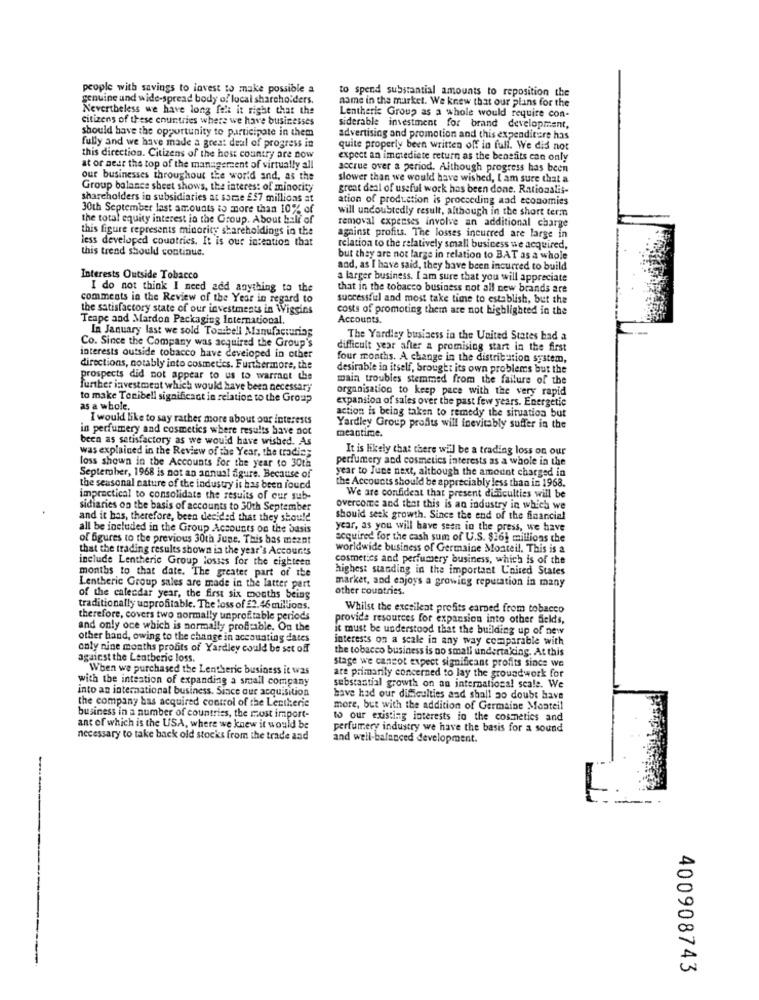
people with savings to invest wo make possible a
to spend substantial amounts to reposition the
genuine und wide-spread body of local shareholders.
name in the market. We knew that our plans for the
Nevertheless we have long felt it right that the
citizens of these countries where we have businesses
Lentheric Group as a whole would require con-
should have the opportunity to participate in them
siderable investment for brand development,
advertising and promotion and this expenditure has
fully and we have made a great deal of progress in
quite properly been written off in full. We did not
this direction. Citizens of the host country are now
expect an immediate return as the benefits can only
at or near the top of the management of virtually all
accrue over a period. Although progress has been
our businesses throughout the world and, as the
slower than we would have wished, I am sure that a
Group balance sheet shows, the interest of minority
great deal of useful work has been done. Rationalis-
shareholders in subsidiaries at some £57 millions at
ation of production is procceding aad economies
30th September last amounts to more than 10% of
will undoubtedly result, although in the short term
the total equity interest in the Group, About half of
removal expenses involve an additional charge
this figure represents minority shareholdings in the
less developed countries. It is our intention that
against profits. The losses incurred are large in
this tread should continue.
relation to the relatively small business we acquired,
but they are not large in relation to BAT as a whole
and, as I have said, they have been incurred to build
Interests Outside Tobacco
a larger business. I am sure that you will appreciate
I do not think I need aed anything to the
that in the tobacco business not all new brands are
comments in the Review of the Year in regard to
successful and most take time to establish, but the
the satisfactory state of our investments in Wiggins
costs of promoting them are not highlighted in the
Teape and Mardon Packaging International.
Accounts.
In January last we sold Toasbell Manufacturing
The Yardley business in the United States bad a
Co. Since the Company was acquired the Group's
difficult year after a promising start in the first
interests outside tobacco have developed in other
four months. A change in the distribution system,
directions, notably into cosmet'es. Furthermore, the
desirable in itself, brought its own problems but the
prospects did not appear to us to warrant che
main troubles stemmed from the failure of the
further investment which would have been necessary
organisation to keep pace with the very rapid
to make Tonibell significact in relation to the Group
expansion of sales over the past few years. Energetic
as a whole.
action is being taken to remedy the situation but
I would like to say rather more about our interests
in perfumery and cosmetics where results have not
Yardley Group profits will inevitably suffer in the
meantime.
been as satisfactory as we would have wished. As
was explained in the Review of the Year, the tradie;
It is likely that there will be a trading loss on our
perfumery and cosmetics interests as a whole in the
loss shown in the Accounts for the year to 30th
year to June next, although the amount charged in
September, 1968 is not an annual figure. Because of
the Accounts should be appreciably less than in 1968.
the seasonal nature of the industry it has been found
impractical to consolidate the results of our sub-
We are confident that present difficulties will be
sidiaries on the basis of accounts to 30th September
overcome and that this is an industry in which we
and it bas, therefore, been decided that they should
should seck growth. Since the end of the financial
all be included in the Group Accounts on the basis
year, as you will have seen in the press, we have
of figures to the previous 30th June. This bas meznt
acquired for the cash sum of U.S. $36 millions the
that the trading results shown in the year's Accounts
worldwide business of Germaine Moateil. This is a
include Lentheric Group lossss for the eighteen
cosmetics and perfumery business, which is of the
months to that date. The greater part of ite
highest standing in the important L'nited States
market, and enjoys a growing reputation in many
Lentheric Group sales are made in the latter part
other countries.
of the calendar year, the first six months being
traditionally unprofitable. The loss of $2.46 milJons.
Whilst the excellent profits earned from tobacco
therefore, covers two normally unprofitable periods
provide resources for expansion into other fields,
and only oce which is normally profitable. On the
it must be understood that the building up of new
other hand, owing to the change in accounting dates
interests on a scale in any way comparable with
only nine months profits of Yardley could be set off
the tobacco business is no small undertaking. At this
against the Leatheric loss.
stage we cancot expect significant profits since we
When we purchased the Lentheric business it w25
with the intestion of expanding a small company
are primarily concerned to lay the ground work for
into an international business. Since our acquisition
substantial growth on an international seale. We
the company has acquired control of the Lentherie
have had our dificulties and shall no doubt have
more, but with the addition of Germaine Monteil
business in a number of countries, the most import-
to our existing interests in the cosmetics and
ant of which is the USA, where we knew it would be
perfumery industry we have the basis for a sound
necessary to take back old stocks from the trade and
and well-balanced development.
400908743